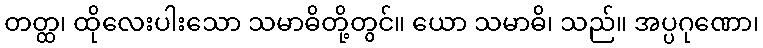
တတ္ထ၊ ထိုလေးပါးသော သမာဓိတို့တွင်။ ယော သမာဓိ၊ သည်။ အပ္ပဂုဏော၊